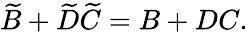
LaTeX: \widetilde{B}+\widetilde{D}\widetilde{C}=B+DC.